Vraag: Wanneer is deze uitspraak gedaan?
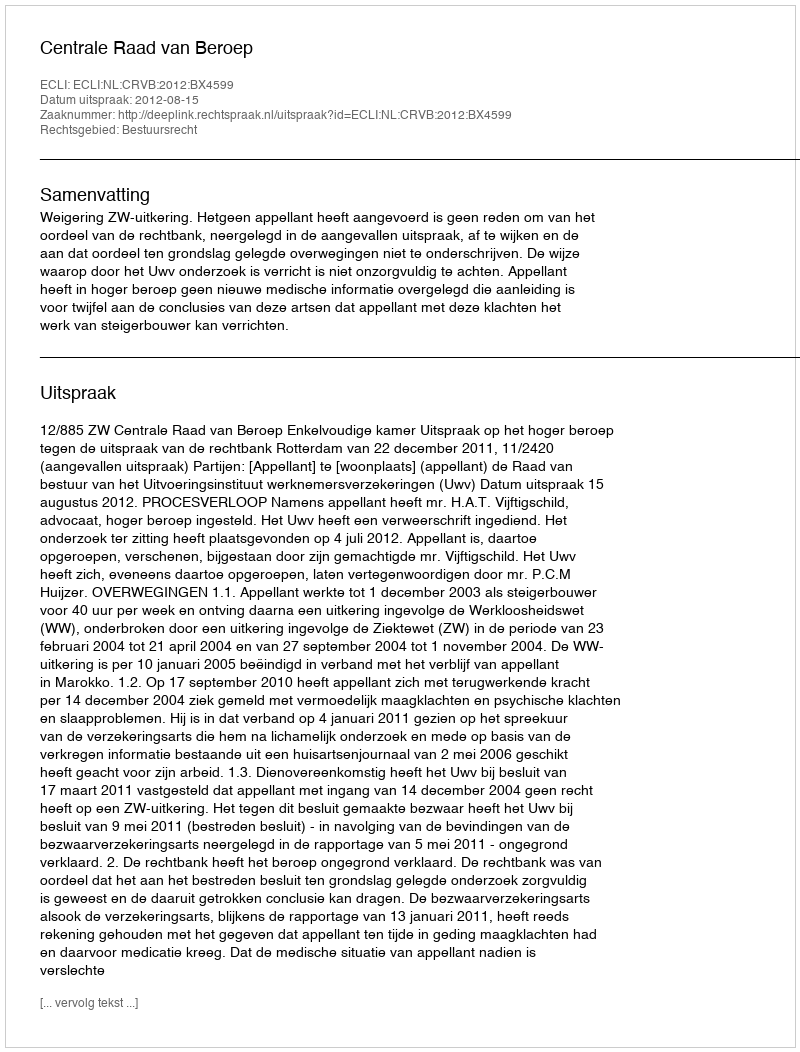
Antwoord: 2012-08-15